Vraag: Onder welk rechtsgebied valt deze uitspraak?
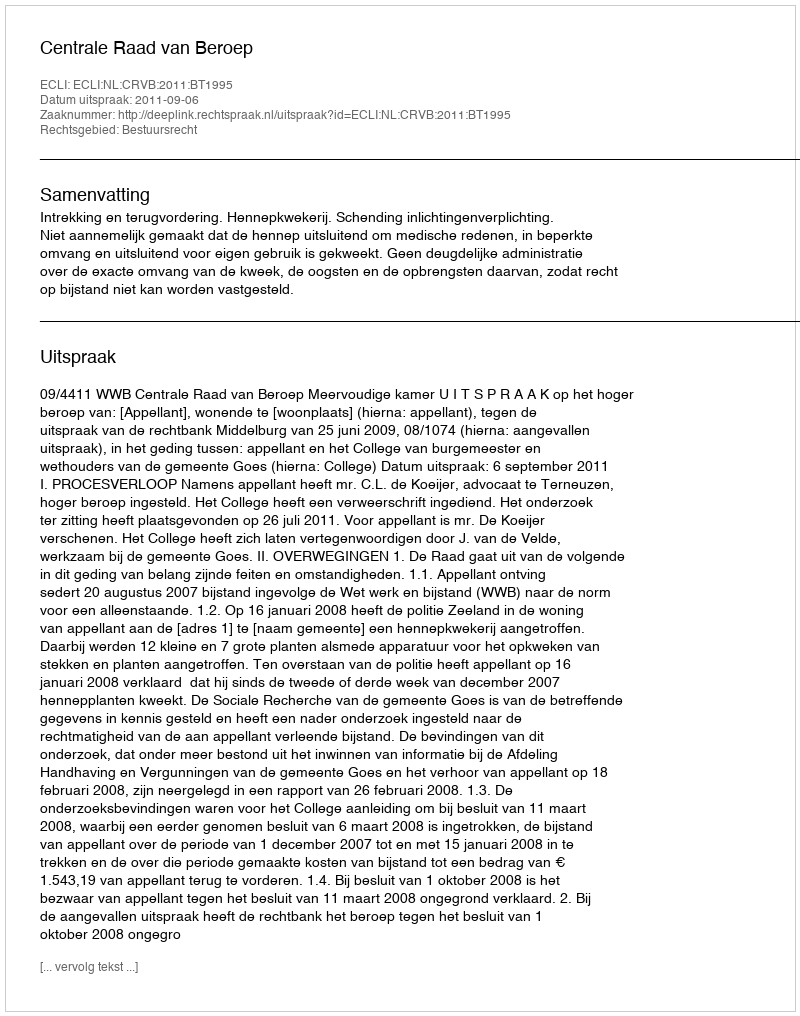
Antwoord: Bestuursrecht